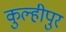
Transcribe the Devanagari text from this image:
कुल्हीपुर